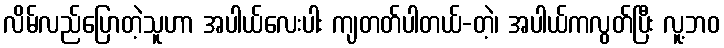
လိမ်လည်ပြောတဲ့သူဟာ အပါယ်လေးပါး ကျတတ်ပါတယ်-တဲ့၊ အပါယ်ကလွတ်ပြီး လူ့ဘဝ